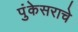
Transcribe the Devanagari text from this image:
पुंकेसराचे